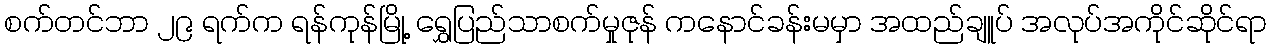
စက်တင်ဘာ ၂၉ ရက်က ရန်ကုန်မြို့ ရွှေပြည်သာစက်မှုဇုန် ကနောင်ခန်းမမှာ အထည်ချူပ် အလုပ်အကိုင်ဆိုင်ရာ